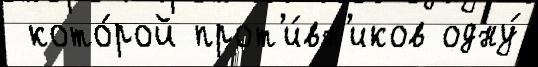
 кото́рой прот'и́вн'иков одну́